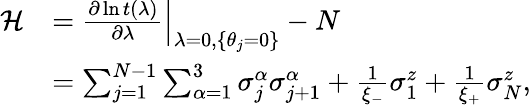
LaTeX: \begin{array}{rl}{\mathcal{H}}&{=\left.\frac{\partial\ln t(\lambda)}{\partial\lambda}\right|_{\lambda=0,\left\{ \theta_{j}=0\right\} }-N}\\ &{=\sum_{j=1}^{N-1}\sum_{\alpha=1}^{3}\sigma_{j}^{\alpha}\sigma_{j+1}^{\alpha}+\frac{1}{\xi_{-}}\sigma_{1}^{z}+\frac{1}{\xi_{+}}\sigma_{N}^{z},}\end{array}